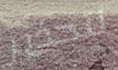
لتحذير